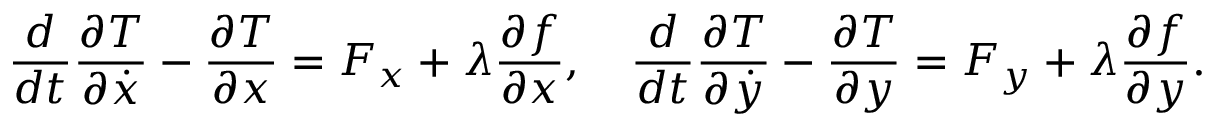
{ \frac { d } { d t } } { \frac { \partial T } { \partial { \dot { x } } } } - { \frac { \partial T } { \partial x } } = F _ { x } + \lambda { \frac { \partial f } { \partial x } } , \quad { \frac { d } { d t } } { \frac { \partial T } { \partial { \dot { y } } } } - { \frac { \partial T } { \partial y } } = F _ { y } + \lambda { \frac { \partial f } { \partial y } } .